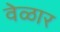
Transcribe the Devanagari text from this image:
वेळार